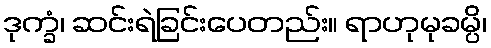
ဒုက္ခံ၊ ဆင်းရဲခြင်းပေတည်း။ ရာဟုမုခမ္ပိ၊